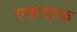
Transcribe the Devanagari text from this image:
एकचाक